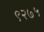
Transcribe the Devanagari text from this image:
९२७५